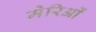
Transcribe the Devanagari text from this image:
मेरिओं